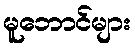
မူဘောင်များ